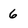
Character: 6